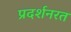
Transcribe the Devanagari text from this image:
प्रदर्शनरत